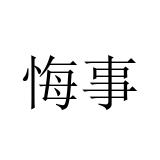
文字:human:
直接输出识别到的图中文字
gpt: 悔事